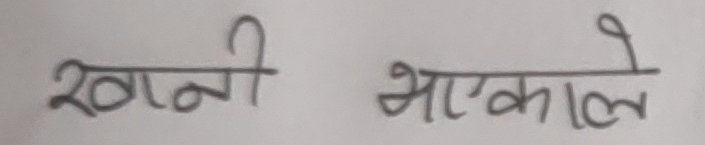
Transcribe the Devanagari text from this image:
खानी भएकाले